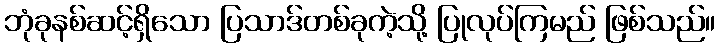
ဘုံခုနစ်ဆင့်ရှိသော ပြသာဒ်တစ်ခုကဲ့သို့ ပြုလုပ်ကြမည် ဖြစ်သည်။